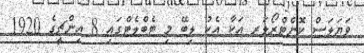
ވަޔަލަސް ކޮންޓްރޯލަރ އަކާ އެކު ލިބޭ މި ޓެބްލެޓްގައި 8 އިންޗީގެ 1920